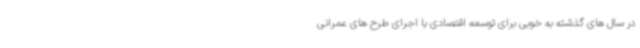
در سال های گذشته به خوبی برای توسعه اقتصادی با اجرای طرح های عمرانی